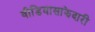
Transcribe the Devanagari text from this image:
वीडियॊसाझेदारी